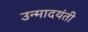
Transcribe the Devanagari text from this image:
उन्मादयंती